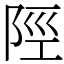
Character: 陘